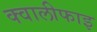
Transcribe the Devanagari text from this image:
क्वालीफाइ